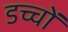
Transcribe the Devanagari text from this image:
डच्चों